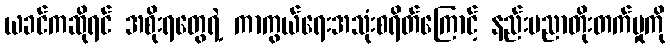
ယခင်ကဆိုရင် အစိုးရတွေရဲ့ ကာကွယ်ရေးအသုံးစရိတ်ကြောင့် နည်းပညာတိုးတက်မှုကို